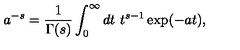
a ^ { - s } = \frac { 1 } { \Gamma ( s ) } \int _ { 0 } ^ { \infty } d t \ t ^ { s - 1 } \exp ( - a t ) ,